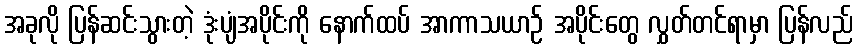
အခုလို ပြန်ဆင်းသွားတဲ့ ဒုံးပျံအပိုင်းကို နောက်ထပ် အာကာသယာဉ် အပိုင်းတွေ လွှတ်တင်ရာမှာ ပြန်လည်